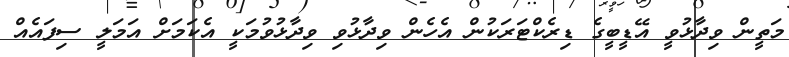
މަތީން ވިދާޅުވީ އޭޑީބީގެ ޑިރެކްޓަރަކުން އެހެން ވިދާޅުވި ވިދާޅުވުމަކީ އެކަމަށް އަމަލީ ސިފައެއް